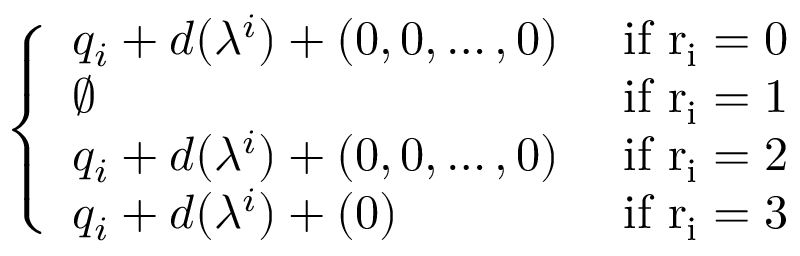
\left\{ \begin{array} { l l } { q _ { i } + d ( \lambda ^ { i } ) + ( 0 , 0 , \dots , 0 ) } & { \mathrm { ~ i f ~ r _ i = 0 ~ } } \\ { \emptyset } & { \mathrm { ~ i f ~ r _ i = 1 ~ } } \\ { q _ { i } + d ( \lambda ^ { i } ) + ( 0 , 0 , \dots , 0 ) } & { \mathrm { ~ i f ~ r _ i = 2 ~ } } \\ { q _ { i } + d ( \lambda ^ { i } ) + ( 0 ) } & { \mathrm { ~ i f ~ r _ i = 3 ~ } } \end{array} \right.